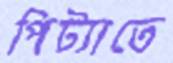
পিট্যাতে